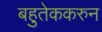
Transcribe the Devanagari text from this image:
बहुतेककरुन